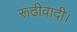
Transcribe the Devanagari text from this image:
रूढीवादी।